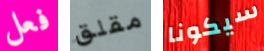
فعل مقلق سيكونا